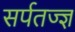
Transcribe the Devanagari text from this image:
सर्पतज्ज्ञ